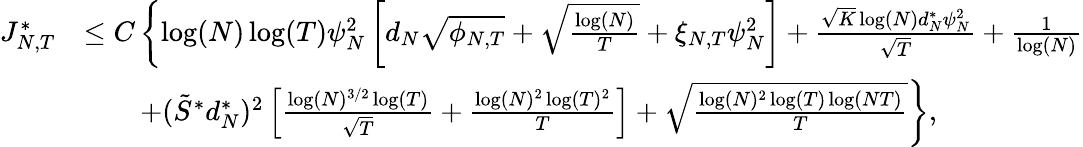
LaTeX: \begin{array}{rl}{{J_{N,T}^{*}}}&{\leq C\left\lbrace\log(N)\log(T)\psi_{N}^{2}\left[d_{N}\sqrt{\phi_{N,T}}+\sqrt{\frac{\log(N)}{T}}+\xi_{N,T}\psi_{N}^{2}\right]+\frac{\sqrt{K}\log(N)d_{N}^{*}\psi_{N}^{2}}{\sqrt{T}}+\frac{1}{\log(N)}\right.}\\ &{\left.\qquad+(\tilde{S}^{*}d_{N}^{*})^{2}\left[\frac{\log(N)^{3/2}\log(T)}{\sqrt{T}}+\frac{\log(N)^{2}\log(T)^{2}}{T}\right]+\sqrt{\frac{\log(N)^{2}\log(T)\log(NT)}{T}}\right\rbrace,}\end{array}